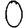
Digit: 0